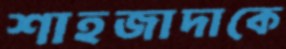
শাহজাদাকে